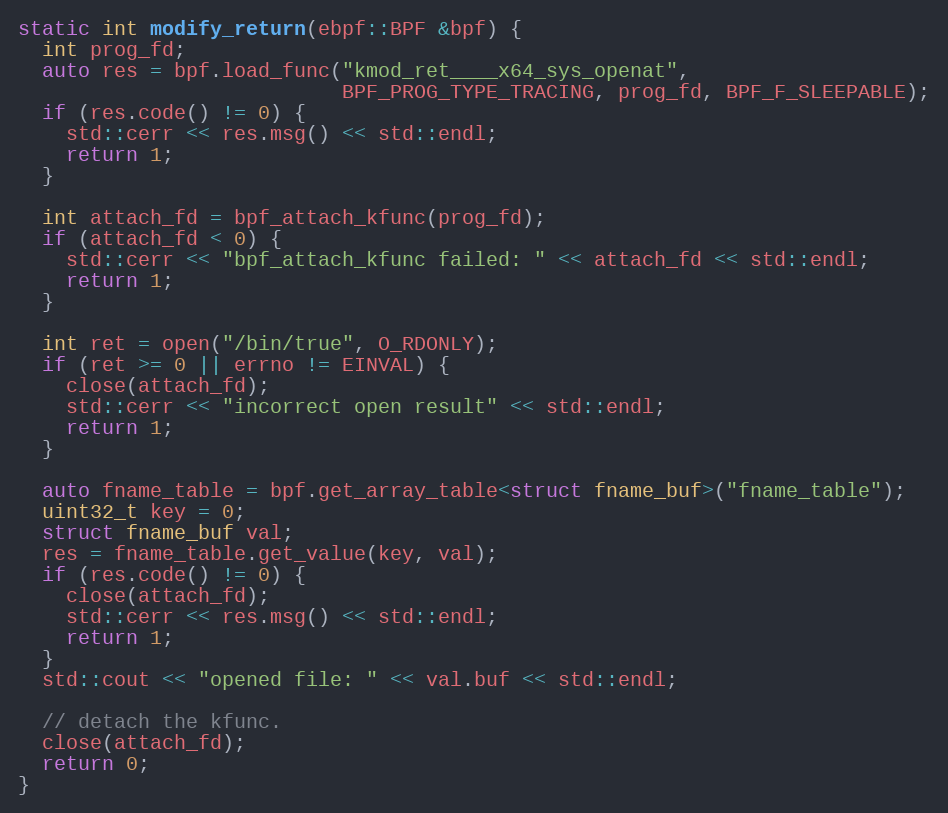
Language: C++
static int modify_return(ebpf::BPF &bpf) {
  int prog_fd;
  auto res = bpf.load_func("kmod_ret____x64_sys_openat",
                           BPF_PROG_TYPE_TRACING, prog_fd, BPF_F_SLEEPABLE);
  if (res.code() != 0) {
    std::cerr << res.msg() << std::endl;
    return 1;
  }

  int attach_fd = bpf_attach_kfunc(prog_fd);
  if (attach_fd < 0) {
    std::cerr << "bpf_attach_kfunc failed: " << attach_fd << std::endl;
    return 1;
  }

  int ret = open("/bin/true", O_RDONLY);
  if (ret >= 0 || errno != EINVAL) {
    close(attach_fd);
    std::cerr << "incorrect open result" << std::endl;
    return 1;
  }

  auto fname_table = bpf.get_array_table<struct fname_buf>("fname_table");
  uint32_t key = 0;
  struct fname_buf val;
  res = fname_table.get_value(key, val);
  if (res.code() != 0) {
    close(attach_fd);
    std::cerr << res.msg() << std::endl;
    return 1;
  }
  std::cout << "opened file: " << val.buf << std::endl;

  // detach the kfunc.
  close(attach_fd);
  return 0;
}